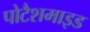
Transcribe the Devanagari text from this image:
पोटैशमाइड